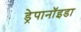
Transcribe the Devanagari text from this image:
ड्रेपानॉइडा